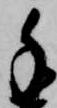
手